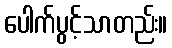
ပေါက်ပွင့်သာတည်း။